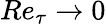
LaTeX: Re_{\tau}\rightarrow 0